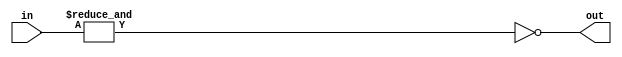
module f5_TECH_NAND4(input [3:0] in, output out);
assign out = ~(&in);
endmodule